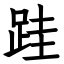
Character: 跬